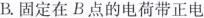
B.固定在B点的电荷带正电